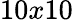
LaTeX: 10x10